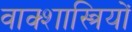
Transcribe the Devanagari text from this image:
वाक्शास्त्रियों